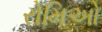
રોમિઓ